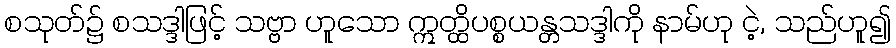
စသုတ်၌ စသဒ္ဒါဖြင့် သဗ္ဗာ ဟူသော ဣတ္ထိပစ္စယန္တသဒ္ဒါကို နာမ်ဟု ငဲ့, သည်ဟူ၍